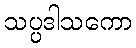
သပ္ပဒါသကော